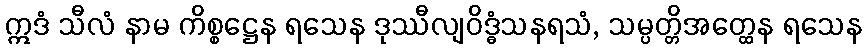
ဣဒံ သီလံ နာမ ကိစ္စဋ္ဌေန ရသေန ဒုဿီလျဝိဒ္ဓံသနရသံ, သမ္ပတ္တိအတ္ထေန ရသေန